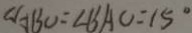
\angle A B O = \angle B A O = 1 5 ^ { \circ }